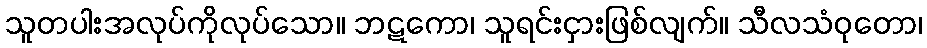
သူတပါးအလုပ်ကိုလုပ်သော။ ဘဋကော၊ သူရင်းငှားဖြစ်လျက်။ သီလသံဝုတော၊